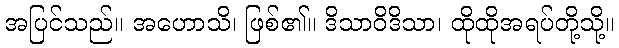
အပြင်သည်။ အဟောသိ၊ ဖြစ်၏။ ဒိသာဝိဒိသာ၊ ထိုထိုအရပ်တို့သို့။